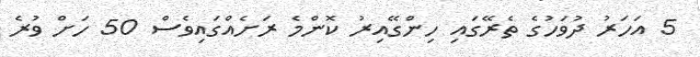
5 އަހަރު ދުވަހުގެ ތެރޭގައި ހިންގޭއިރު ކޮންމެ ރަށެއްގައިވެސް 50 ހަށް ވުރެ